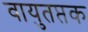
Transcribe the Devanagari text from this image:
वायुतप्तक